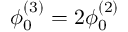
\phi _ { 0 } ^ { ( 3 ) } = 2 \phi _ { 0 } ^ { ( 2 ) }